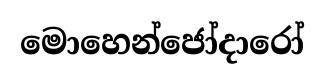
මොහෙන්ජෝදාරෝ